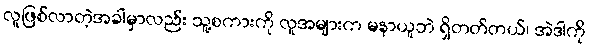
လူဖြစ်လာတဲ့အခါမှာလည်း သူ့စကားကို လူအများက မနာယူဘဲ ရှိတတ်တယ်၊ အဲဒါကို